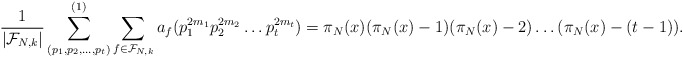
\begin{align*} \frac{1}{|\mathcal F_{N,k}|}\sum_{(p_1,p_2,\dots ,p_t)}^{(1)} \sum_{f \in \mathcal F_{N,k}} a_f(p_1^{2m_1}p_2^{2m_2}\dots p_t^{2m_t}) = \pi_N(x) (\pi_N(x) - 1) (\pi_N(x) - 2) \dots (\pi_N(x) - (t-1)).\end{align*}